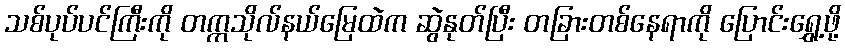
သစ်ပုပ်ပင်ကြီးကို တက္ကသိုလ်နယ်မြေထဲက ဆွဲနုတ်ပြီး တခြားတစ်နေရာကို ပြောင်းရွှေ့ဖို့